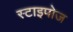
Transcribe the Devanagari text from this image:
स्टाइपोज